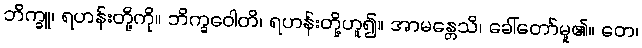
ဘိက္ခူ၊ ရဟန်းတို့ကို။ ဘိက္ခဝေါတိ၊ ရဟန်းတို့ဟူ၍။ အာမန္တေသိ၊ ခေါ်တော်မူ၏။ တေ၊